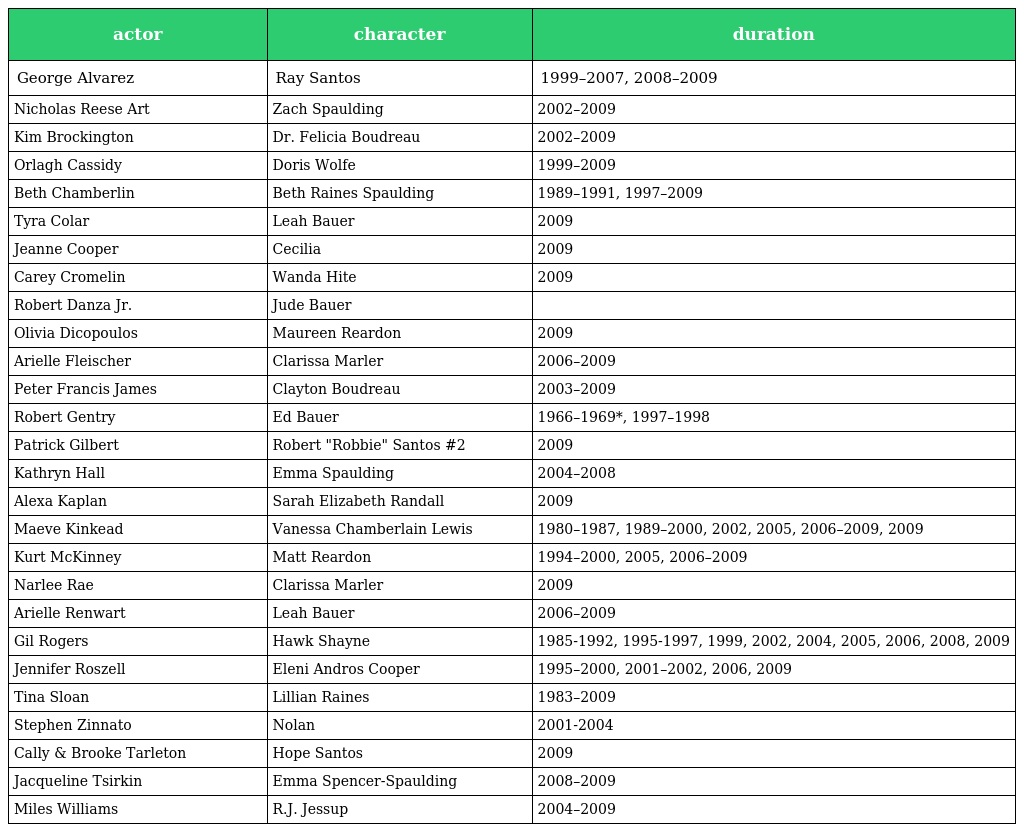
| actor | character | duration |
 | --- | --- | --- |
 | George Alvarez | Ray Santos | 1999–2007, 2008–2009 |
 | Nicholas Reese Art | Zach Spaulding | 2002–2009 |
 | Kim Brockington | Dr. Felicia Boudreau | 2002–2009 |
 | Orlagh Cassidy | Doris Wolfe | 1999–2009 |
 | Beth Chamberlin | Beth Raines Spaulding | 1989–1991, 1997–2009 |
 | Tyra Colar | Leah Bauer | 2009 |
 | Jeanne Cooper | Cecilia | 2009 |
 | Carey Cromelin | Wanda Hite | 2009 |
 | Robert Danza Jr. | Jude Bauer |  |
 | Olivia Dicopoulos | Maureen Reardon | 2009 |
 | Arielle Fleischer | Clarissa Marler | 2006–2009 |
 | Peter Francis James | Clayton Boudreau | 2003–2009 |
 | Robert Gentry | Ed Bauer | 1966–1969*, 1997–1998 |
 | Patrick Gilbert | Robert "Robbie" Santos #2 | 2009 |
 | Kathryn Hall | Emma Spaulding | 2004–2008 |
 | Alexa Kaplan | Sarah Elizabeth Randall | 2009 |
 | Maeve Kinkead | Vanessa Chamberlain Lewis | 1980–1987, 1989–2000, 2002, 2005, 2006–2009, 2009 |
 | Kurt McKinney | Matt Reardon | 1994–2000, 2005, 2006–2009 |
 | Narlee Rae | Clarissa Marler | 2009 |
 | Arielle Renwart | Leah Bauer | 2006–2009 |
 | Gil Rogers | Hawk Shayne | 1985-1992, 1995-1997, 1999, 2002, 2004, 2005, 2006, 2008, 2009 |
 | Jennifer Roszell | Eleni Andros Cooper | 1995–2000, 2001–2002, 2006, 2009 |
 | Tina Sloan | Lillian Raines | 1983–2009 |
 | Stephen Zinnato | Nolan | 2001-2004 |
 | Cally & Brooke Tarleton | Hope Santos | 2009 |
 | Jacqueline Tsirkin | Emma Spencer-Spaulding | 2008–2009 |
 | Miles Williams | R.J. Jessup | 2004–2009 |